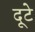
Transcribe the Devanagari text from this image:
दूटे